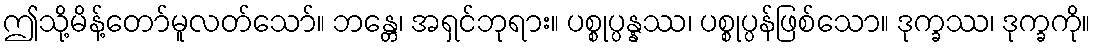
ဤသို့မိန့်တော်မူလတ်သော်။ ဘန္တေ၊ အရှင်ဘုရား။ ပစ္စုပ္ပန္နဿ၊ ပစ္စုပ္ပန်ဖြစ်သော။ ဒုက္ခဿ၊ ဒုက္ခကို။